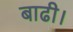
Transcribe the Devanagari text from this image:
बाढी।